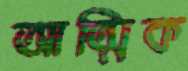
আত্মিক